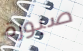
صبورة